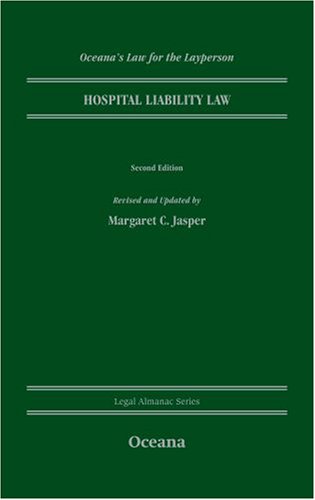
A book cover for Hospital Liability Law (Legal Almanac Series); Margaret C. Jasper; Law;